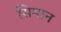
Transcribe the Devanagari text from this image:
सिमान